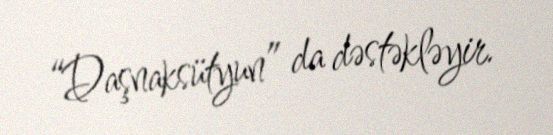
“Daşnaksütyun” da dəstəkləyir.